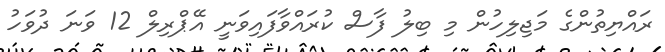
ރައްޔިތުންގެ މަޖިލިހުން މި ބިލު ފާސް ކުރައްވާފައިވަނީ އޭޕްރިލް 12 ވަނަ ދުވަހު